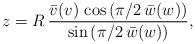
\begin{align*}z=R\,\frac{\bar v(v)\,\cos \left( \pi/2\,\bar w(w)\right) }{\sin\left( \pi/2\,\bar w(w)\right) },\end{align*}